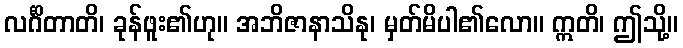
လင်္ဂိတာတိ၊ ခုန်ဖူး၏ဟု။ အဘိဇာနာသိနု၊ မှတ်မိပါ၏လော။ ဣတိ၊ ဤသို့။